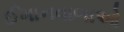
ઈમાનવાળાઓ